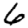
Digit: 6